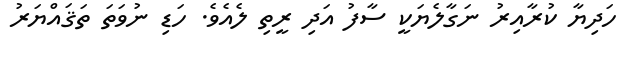
ހަދިޔާ ކުރާއިރު ނަގާލެޔަކީ ސާފު އަދި ރީތި ލެއެވެ. ހަޑި ނުވަތަ ތަޤައްޔަރު